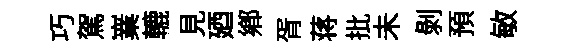
巧駕嶪轆見廼鄉胥蒋批未剝預敏